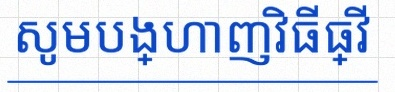
សូមបង្ហាញវិធីធ្វើ